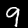
Digit: 9